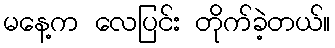
မနေ့က လေပြင်း တိုက်ခဲ့တယ်။